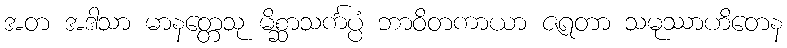
အတ အဒါသာ မာနတ္တေသု မိစ္ဆာသင်္ကပ္ပံ ဘာဝိတကာယာ ဇရတာ သမုဿာဟိတေန